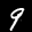
Label: 9